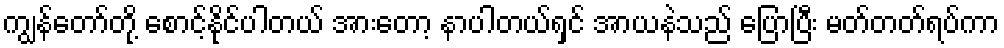
ကျွန်တော်တို့ စောင့်နိုင်ပါတယ် အားတော့ နာပါတယ်ရှင် အာယနဲသည် ပြောပြီး မတ်တတ်ရပ်ကာ